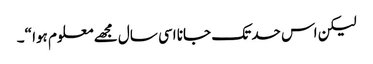
لیکن اس حد تک جانا اسی سال مجھے معلوم ہوا “۔